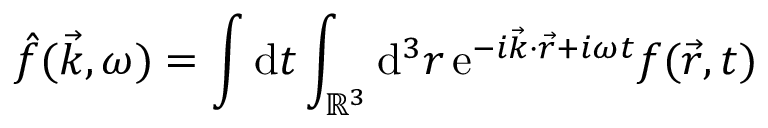
\Hat { f } ( \vec { k } , \omega ) = \int \mathrm { d } t \int _ { \mathbb { R } ^ { 3 } } \mathrm { d } ^ { 3 } r \, \mathrm { e } ^ { - i \vec { k } \cdot \vec { r } + i \omega t } f ( \vec { r } , t )